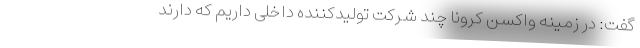
گفت: در زمینه واکسن کرونا چند شرکت تولیدکننده داخلی داریم که دارند